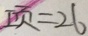
项 = 2 6